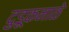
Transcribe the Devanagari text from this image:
दुडूकनाळे